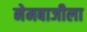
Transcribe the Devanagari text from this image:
नेमबाजीला